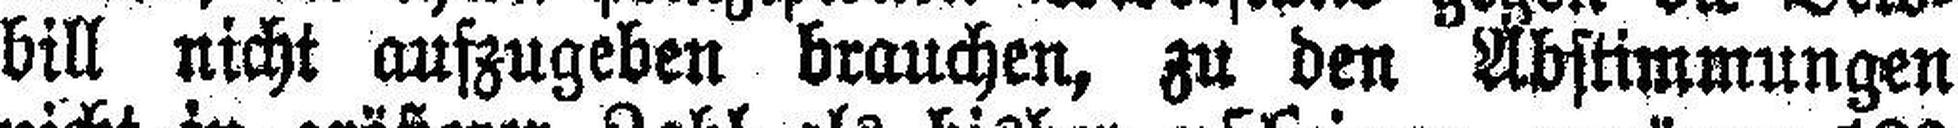
bill nicht aufzugeben brauchen, zu den Abstimmungen